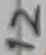
Text: 12